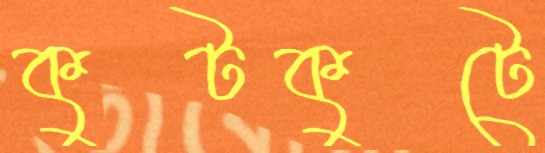
কুটকুটে